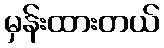
မှန်းထားတယ်